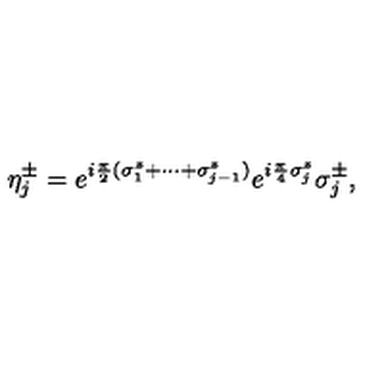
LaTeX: \eta _ { j } ^ { \pm } = e ^ { i { \frac { \pi } { 2 } } ( \sigma _ { 1 } ^ { z } + \cdots + \sigma _ { j - 1 } ^ { z } ) } e ^ { i { \frac { \pi } { 4 } } \sigma _ { j } ^ { z } } \sigma _ { j } ^ { \pm } ,